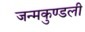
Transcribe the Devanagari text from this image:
जन्‍मकुण्‍डली